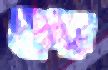
কোল্পা